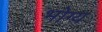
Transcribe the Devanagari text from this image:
भोग्‍य